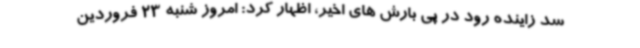
سد زاینده رود در پی بارش های اخیر، اظهار کرد: امروز شنبه 23 فروردین